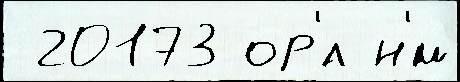
 20173 ор'́л н'́м